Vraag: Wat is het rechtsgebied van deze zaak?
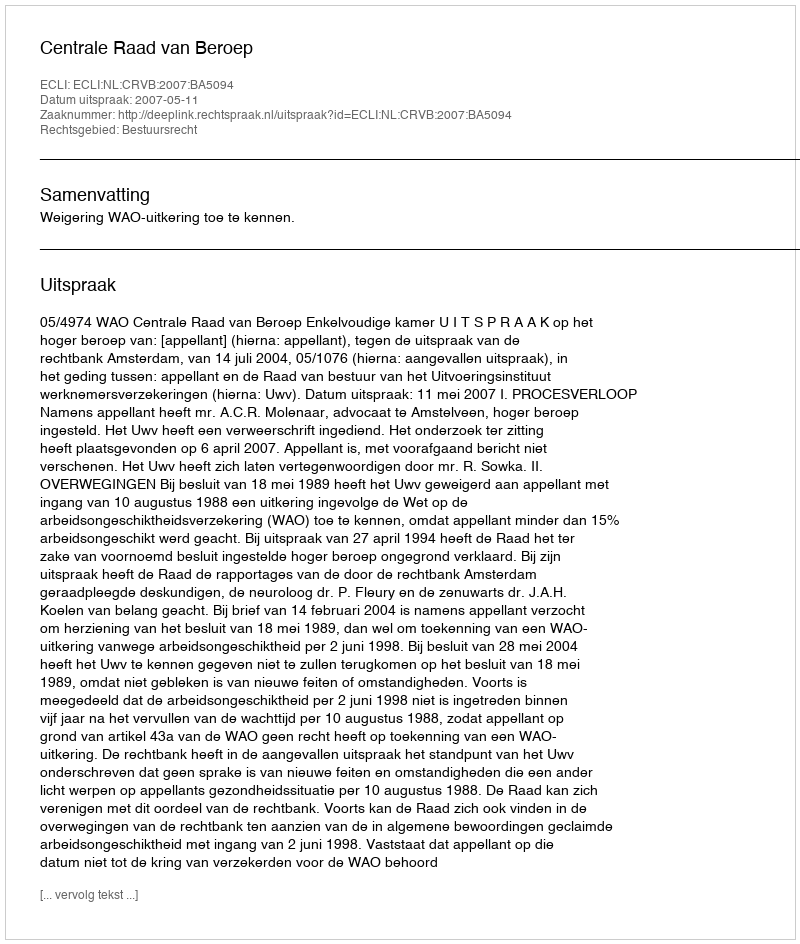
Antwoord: Bestuursrecht